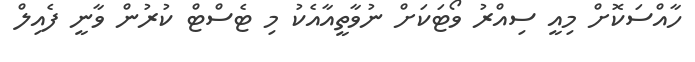
ހާއްސަކޮށް މިއީ ސިއްރު ވޯޓަކަށް ނުވާތީއާއެކު މި ޓެސްޓް ކުރުން ވާނީ ފެއިލް